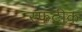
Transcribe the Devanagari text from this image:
स्फटीक